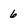
Character: 6